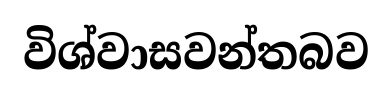
විශ්වාසවන්තබව